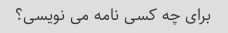
برای چه کسی نامه می نویسی؟